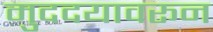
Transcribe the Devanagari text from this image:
मुददयावरून